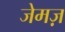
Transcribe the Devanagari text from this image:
जेमज़